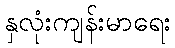
နှလုံးကျန်းမာရေး